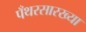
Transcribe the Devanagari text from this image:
पँथरसारख्या